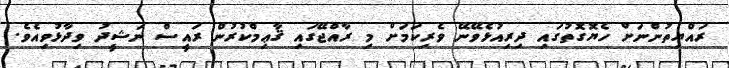
ރައްޔިތުންނަށް ހެޔޮގޮތުގައި ދިރިއުޅެވޭނޭ ވެރިކަމަށް މި ރާއްޖޭގައި ޤާޢިމްކުރުން ރައީސް ނަޝީދު ވިދާޅުވިއެވެ.